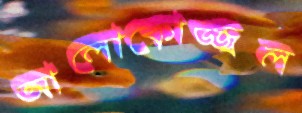
আলোকোজ্জ্বল